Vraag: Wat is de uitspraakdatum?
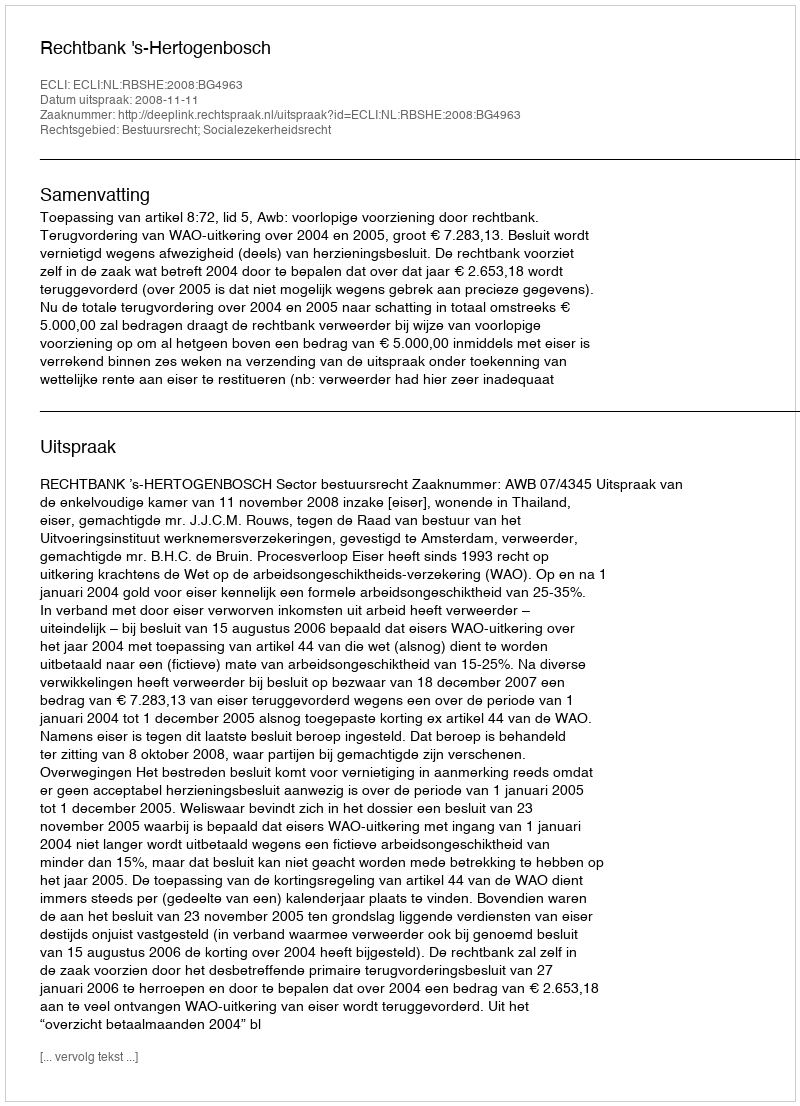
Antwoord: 2008-11-11